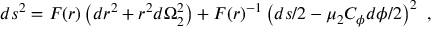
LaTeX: d s ^ { 2 } = F ( r ) \left( { d r } ^ { 2 } + r ^ { 2 } { d \Omega } _ { 2 } ^ { 2 } \right) + F ( r ) ^ { - 1 } \left( { d s } / 2 - \mu _ { 2 } C _ { \phi } { d \phi } / 2 \right) ^ { 2 } \ ,